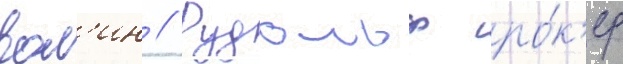
вол'ин // Рудольф ро́к'ер